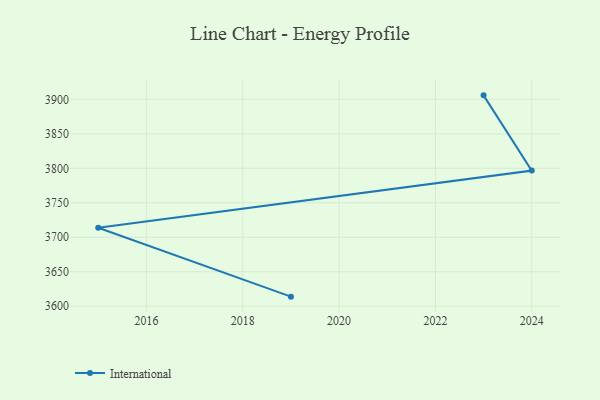
{"axis": {"x": "Year", "y": "Inventory Turnover"}, "legend": ["International"], "data": [{"x": "2019", "y": 3613.9, "type": "International"}, {"x": "2015", "y": 3713.8, "type": "International"}, {"x": "2024", "y": 3796.7, "type": "International"}, {"x": "2023", "y": 3905.8, "type": "International"}]}